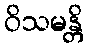
ဝိသမန္တိ